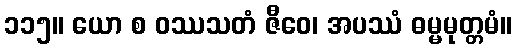
၁၁၅။ ယော စ ဝဿသတံ ဇီဝေ၊ အပဿံ ဓမ္မမုတ္တမံ။